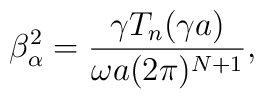
\beta _{\alpha }^{2}=\frac{\gamma T_{n}(\gamma a)}{\omega a(2\pi )^{N+1}},